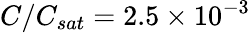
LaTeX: C/C_{sat}=2.5\times 10^{-3}